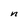
Character: n